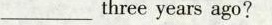
____three years ago?